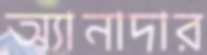
অ্যানাদার